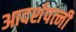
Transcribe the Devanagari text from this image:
आदर्शपत्नी